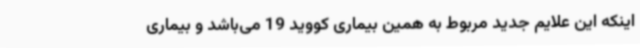
اینکه این علایم جدید مربوط به همین بیماری کووید 19 می‌باشد و بیماری